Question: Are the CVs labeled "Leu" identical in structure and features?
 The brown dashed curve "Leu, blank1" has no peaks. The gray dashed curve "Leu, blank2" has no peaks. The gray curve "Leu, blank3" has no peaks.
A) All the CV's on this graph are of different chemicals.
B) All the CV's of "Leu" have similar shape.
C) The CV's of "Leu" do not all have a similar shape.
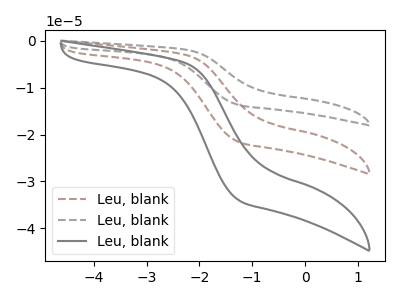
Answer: <think>Neither "Leu, blank1" or "Leu, blank2" have any peaks. Neither "Leu, blank1" or "Leu, blank3" have any peaks. Neither "Leu, blank2" or "Leu, blank3" have any peaks.
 </think>
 <answer>B) All the CV's of "Leu" have similar shape.</answer>
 <eval>B</eval>